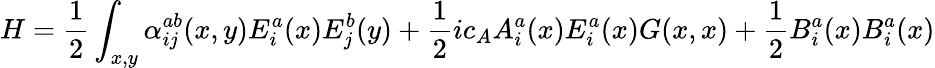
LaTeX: H={\frac{1}{2}}\int_{x,y}\alpha_{ij}^{ab}(x,y)E_{i}^{a}(x)E_{j}^{b}(y)+{\frac{1}{2}}ic_{A}A_{i}^{a}(x)E_{i}^{a}(x)G(x,x)+{\frac{1}{2}}B_{i}^{a}(x)B_{i}^{a}(x)